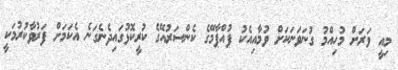
މިއީ ވަރަށް މުހިއްމު ގުނަވަނަކަށް ވުމާއިއެކު ފުއްޕާމޭގެ ކެންސަރުއޭގެ ކުރީކޮޅުގައިދެނެގަނެ އެކަމަށް ފަރުވާކުރުމަކީ